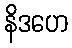
နိဒဟေ